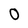
Character: 0